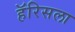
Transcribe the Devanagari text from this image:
हॅरिसला